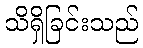
သိရှိခြင်းသည်